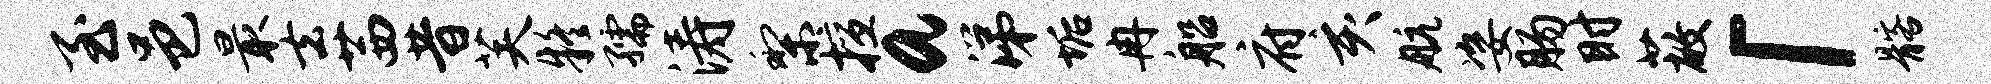
至邑最去茜昔芙疑孺涛梨擅a涕垢冉船府亥航姿肠时蔽「髂